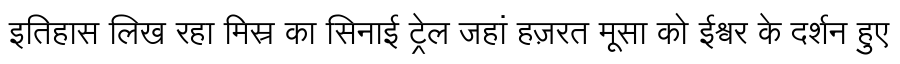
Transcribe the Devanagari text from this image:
इतिहास लिख रहा मिस्र का सिनाई ट्रेल जहां हज़रत मूसा को ईश्वर के दर्शन हुए